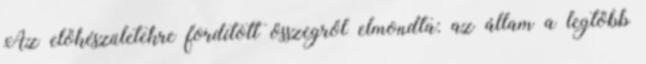
Az előkészületekre fordított összegről elmondta: az állam a legtöbb